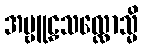
အဗ္ဗူဠှသလ္လောသ္မိ